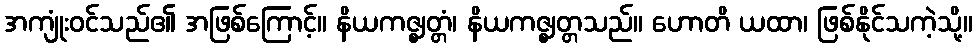
အကျုံးဝင်သည်၏ အဖြစ်ကြောင့်။ နိယကဇ္ဈတ္တံ၊ နိယကဇ္ဈတ္တသည်။ ဟောတိ ယထာ၊ ဖြစ်နိုင်သကဲ့သို့။